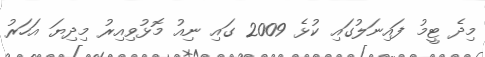
މިދެ ޓީމު ފައިނަލުގައި ކުޅެ 2009 ގައި ނިއު މޮޅުވިއިރު މިދިޔަ އަހަރު